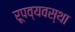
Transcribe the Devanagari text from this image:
रूपव्यवस्था